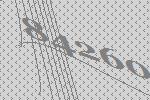
84260